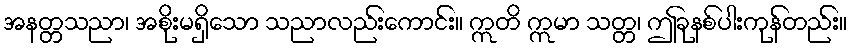
အနတ္တသညာ၊ အစိုးမရှိသော သညာလည်းကောင်း။ ဣတိ ဣမာ သတ္တ၊ ဤခုနစ်ပါးကုန်တည်း။